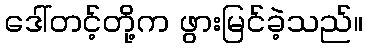
ဒေါ်တင့်တို့က ဖွားမြင်ခဲ့သည်။